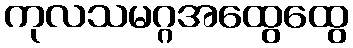
ကုလသမဂ္ဂအထွေထွေ